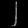
Digit: ၂